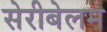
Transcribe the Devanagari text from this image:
सेरीबेलम